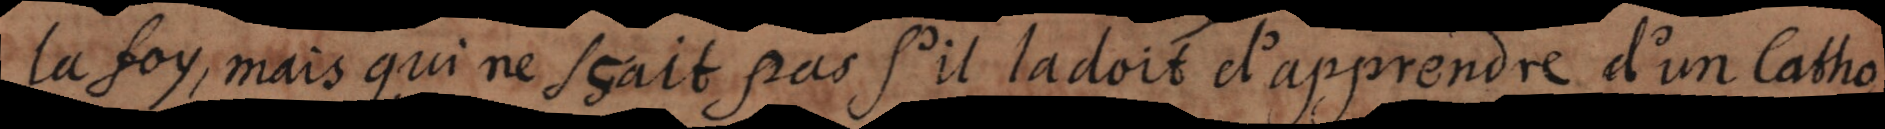
la foy, mais qui ne sçait pas s’il la doit d’apprendre d’un Catho